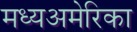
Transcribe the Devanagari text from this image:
मध्यअमेरिका